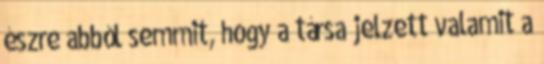
észre abból semmit, hogy a társa jelzett valamit a